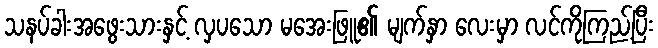
သနပ်ခါးအဖွေးသားနှင့် လှပသော မအေးဖြူ၏ မျက်နှာ လေးမှာ လင်ကိုကြည့်ပြီး